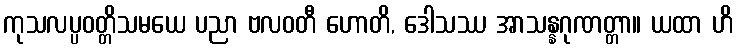
ကုသလပ္ပဝတ္တိသမယေ ပညာ ဗလဝတီ ဟောတိ, ဒေါသဿ အာသန္နဂုဏတ္တာ။ ယထာ ဟိ